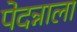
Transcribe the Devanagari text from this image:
पेदन्नाला